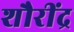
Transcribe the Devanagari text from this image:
शौरींद्र